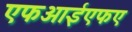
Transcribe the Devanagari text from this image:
एफआईएफए